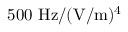
5 0 0 ~ \mathrm { H z / ( V / m ) ^ { 4 } }